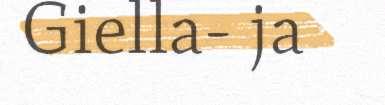
Giella- ja